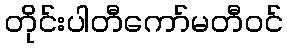
တိုင်းပါတီကော်မတီဝင်